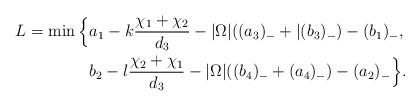
LaTeX: \begin{align*}L=\min\Big\{&a_1-k\frac{\chi_1+\chi_2}{d_3}-|\Omega|((a_3)_-+|(b_3)_-)-(b_1)_-,\\&b_2-l\frac{\chi_2+\chi_1}{d_3}-|\Omega|((b_4)_-+(a_4)_-)-(a_2)_-\Big\}.\end{align*}